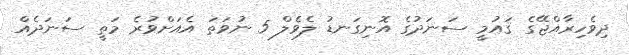
ދިވެހިރާއްޖޭގެ ޤައުމީ ސަނަދުގެ އޮނިގަނޑު ލެވެލް 5 ނުވަތަ އެއަށްވުރެ މަތީ ސަނަދެއް